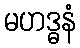
မဟဒ္ဓနံ